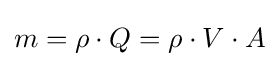
m=\rho \cdot Q=\rho \cdot V\cdot A